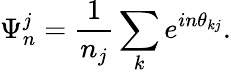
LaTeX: \Psi_{n}^{j}=\frac{1}{n_{j}}\sum_{k}e^{in\theta_{kj}}.